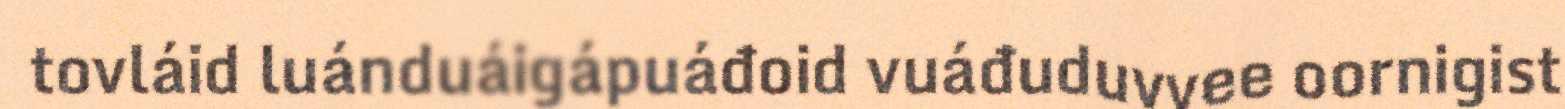
tovláid luánduáigápuáđoid vuáđuduvvee oornigist